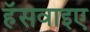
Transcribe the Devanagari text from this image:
हॅसवाइए